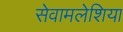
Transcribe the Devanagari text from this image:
सेवामलेशिया